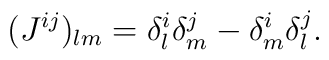
(J^{ij})_{lm} = \delta^i_l \delta^j_m - \delta^i_m \delta^j_l.